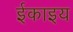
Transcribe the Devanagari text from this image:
ईकाइय